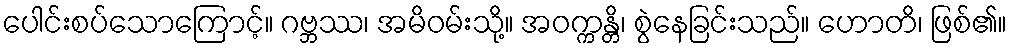
ပေါင်းစပ်သောကြောင့်။ ဂဗ္ဘဿ၊ အမိဝမ်းသို့။ အဝက္ကန္တိ၊ စွဲနေခြင်းသည်။ ဟောတိ၊ ဖြစ်၏။